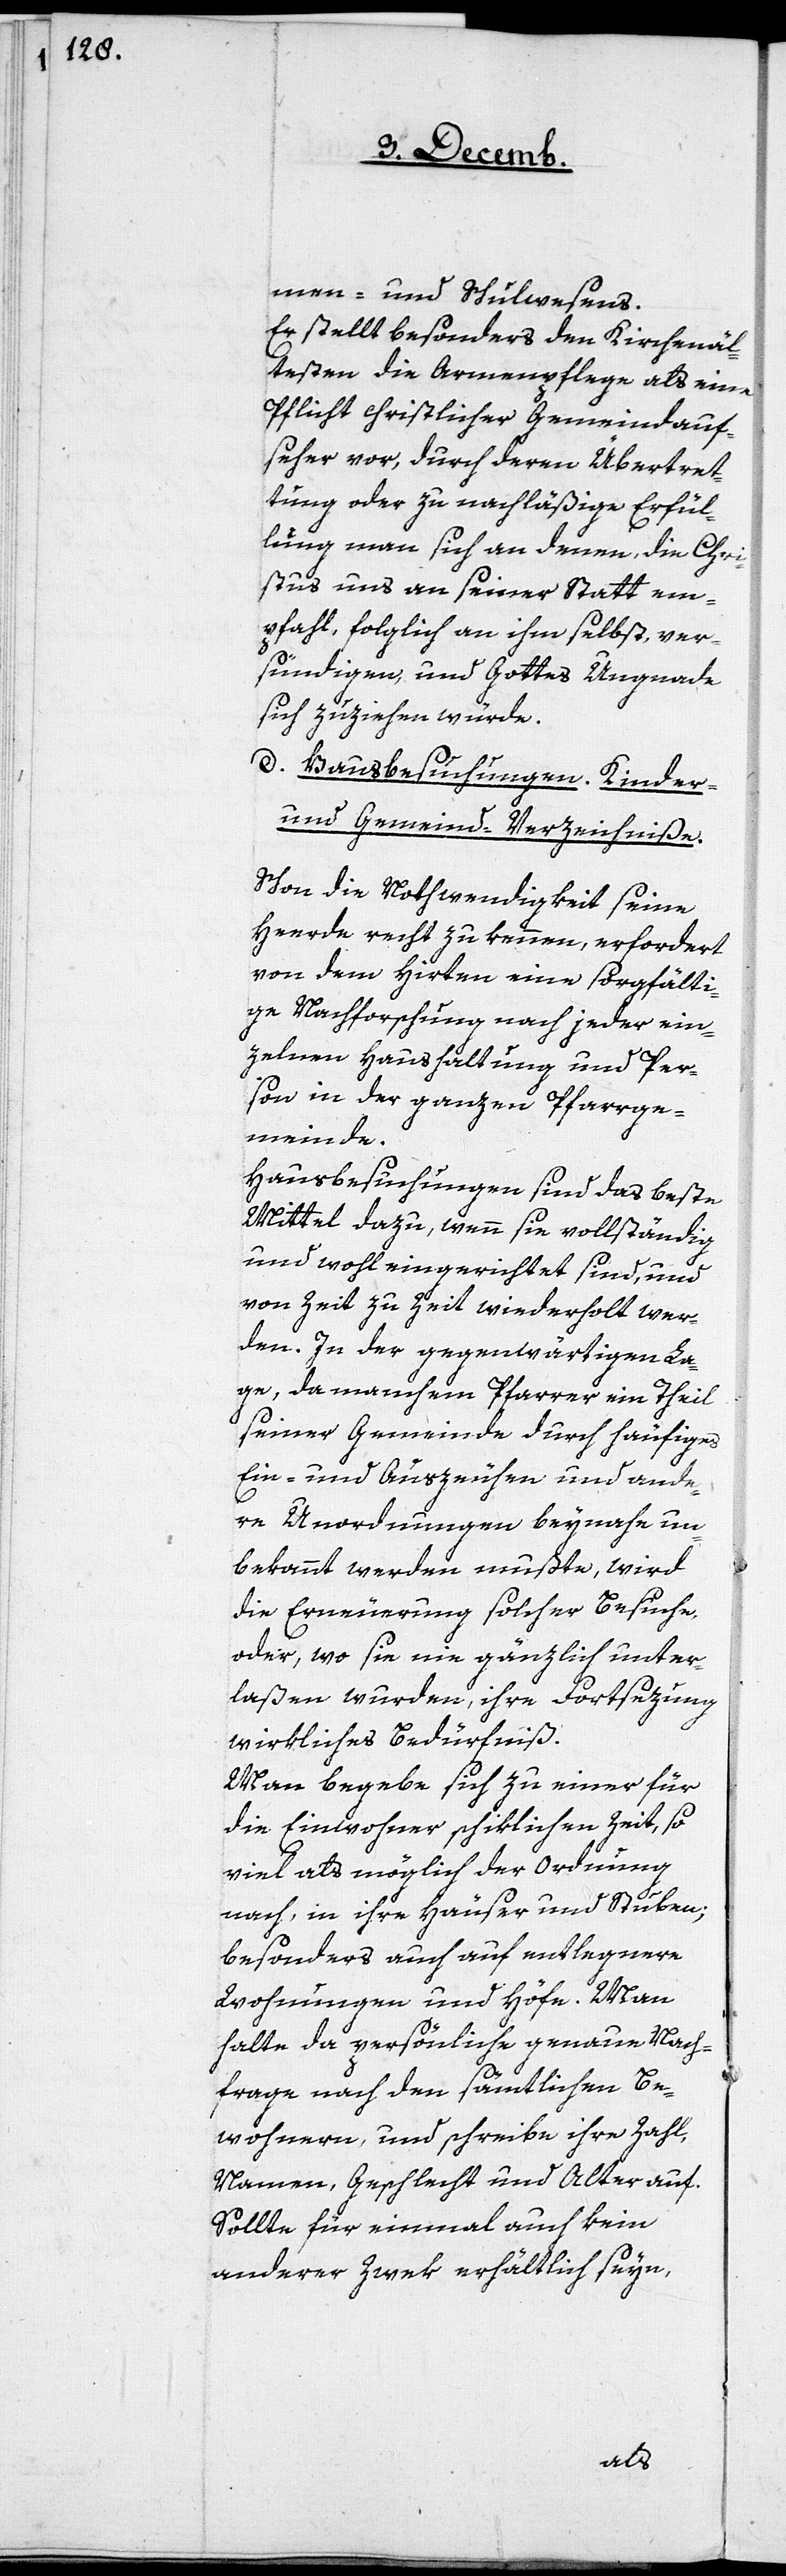
men- und Schulwesens.
Er stellt besonders den Kirchenäl¬
testen die Armenpflege als eine
Pflicht christlicher Gemeindauf¬
seher vor, durch deren Übertret¬
tung oder zu nachläßige Erfül¬
lung man sich an denen, die Chri¬
stus uns an seiner Statt em¬
pfahl, folglich an ihm selbst, ver¬
sündigen, und Gottes Ungnade
sich zuziehen würde.
d. Hausbesuchungen. Kinder-
und Gemeind-Verzeichniße.
Schon die Nothwendigkeit seine
Herde recht zu kennen, erfordert
von dem Hirten eine sorgfälti¬
ge Nachforschung nach jeder ein¬
zelnen Haushaltung und Per¬
son in der ganzen Pfarrge¬
meinde.
Hausbesuchungen sind das beste
Mittel dazu, wenn sie vollständig
und wohl eingerichtet sind, und
von Zeit zu Zeit wiederholt wer¬
den. In der gegenwärtigen La¬
ge, da manchem Pfarrer ein Theil
seiner Gemeinde durch häufiges
Ein- und Auszeuhen und ande¬
re Unordnungen beynahe un¬
bekannt werden mußte, wird
die Erneuerung solcher Besuche
oder, wo sie nie gänzlich unter¬
laßen wurden, ihre Fortsezung
wirkliches Bedürfniß.
Man begebe sich zu einer für
die Einwohner schiklichen Zeit, so
viel als möglich der Ordnung
nach, in ihre Häuser und Stuben;
besonders auch auf entlegenere
Wohnungen und Höfe. Man
halte da persönliche genaue Nach¬
frage nach den sämmtlichen Be¬
wohnern, und schreibe ihre Zahl,
Namen, Geschlecht und Alter auf.
Sollte für einmal auch kein
anderer Zwek erhältlich seyn,